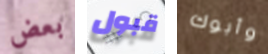
بعض قبول وأبوك